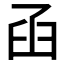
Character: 𦥖